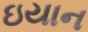
ઇયાન